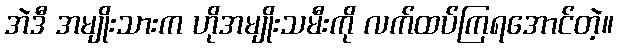
အဲဒီ အမျိုးသားက ဟိုအမျိုးသမီးကို လက်ထပ်ကြရအောင်တဲ့။